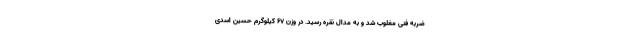
ضربه فنی مغلوب شد و به مدال نقره رسید. در وزن ۶۷ کیلوگرم حسین اسدی